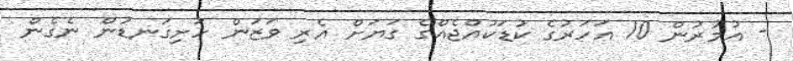
- އުމުރުން 10 އަހަރުގެ ކުޑަކުއްޖެއްގެ ގަޔަށް އެރި ވަޒަން ހަށިގަނޑުން ނެގެން